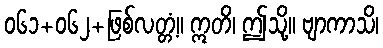
၀၆၁+၀၆၂+ဖြစ်လတ္တံ့။ ဣတိ၊ ဤသို့။ ဗျာကာသိ၊